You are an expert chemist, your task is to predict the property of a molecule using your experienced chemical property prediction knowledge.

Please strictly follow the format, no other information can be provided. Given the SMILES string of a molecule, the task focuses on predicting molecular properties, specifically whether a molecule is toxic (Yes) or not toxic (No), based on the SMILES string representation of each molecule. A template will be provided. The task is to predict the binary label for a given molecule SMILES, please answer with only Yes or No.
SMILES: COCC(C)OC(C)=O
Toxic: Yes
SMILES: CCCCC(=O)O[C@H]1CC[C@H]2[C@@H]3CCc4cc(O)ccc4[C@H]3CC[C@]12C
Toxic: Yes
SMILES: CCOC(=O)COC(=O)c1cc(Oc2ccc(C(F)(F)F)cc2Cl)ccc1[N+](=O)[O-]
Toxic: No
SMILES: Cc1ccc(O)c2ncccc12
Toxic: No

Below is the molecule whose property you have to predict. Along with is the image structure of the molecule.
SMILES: CC1(C)S[C@@H]2[C@H](NC(=O)C3(N)CCCCC3)C(=O)N2[C@H]1C(=O)O
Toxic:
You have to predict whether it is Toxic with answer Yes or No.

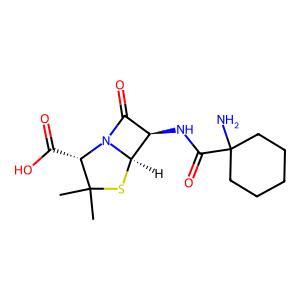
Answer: No